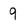
Character: 9